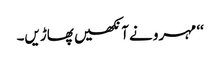
‘‘ مہرو نے آنکھیں پھاڑیں۔